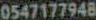
0547177948